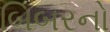
બિબરનો